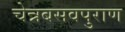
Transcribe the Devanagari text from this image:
चेन्नबसवपुराण